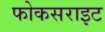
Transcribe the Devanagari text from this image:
फोकसराइट